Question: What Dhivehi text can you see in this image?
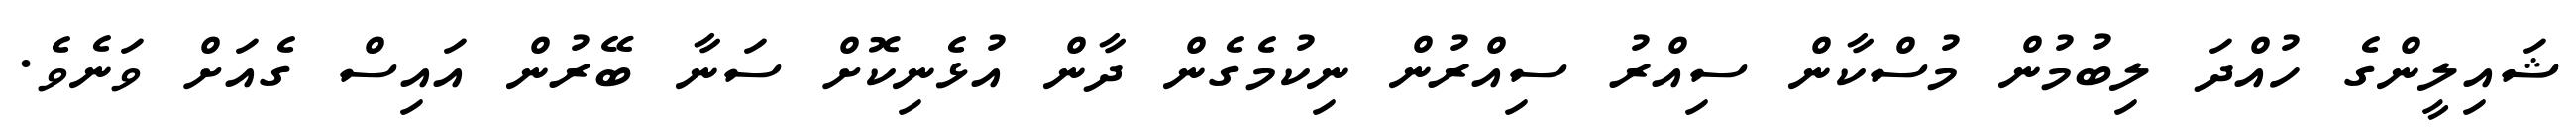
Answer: ޝައިލީންގެ ހުއްދަ ލިބުމުން މުސްކާން ސިއްރު ސިއްރުން ނިކުމެގެން ދާން އުޅެނިކޮށް ސަނާ ބޭރުން އައިސް ގެއަށް ވަނެވެ.